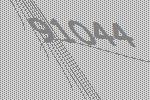
91044